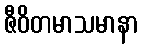
ဇီဝိတမာသမာနာ